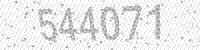
Solution: 544071